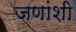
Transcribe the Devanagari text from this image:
जणांशी